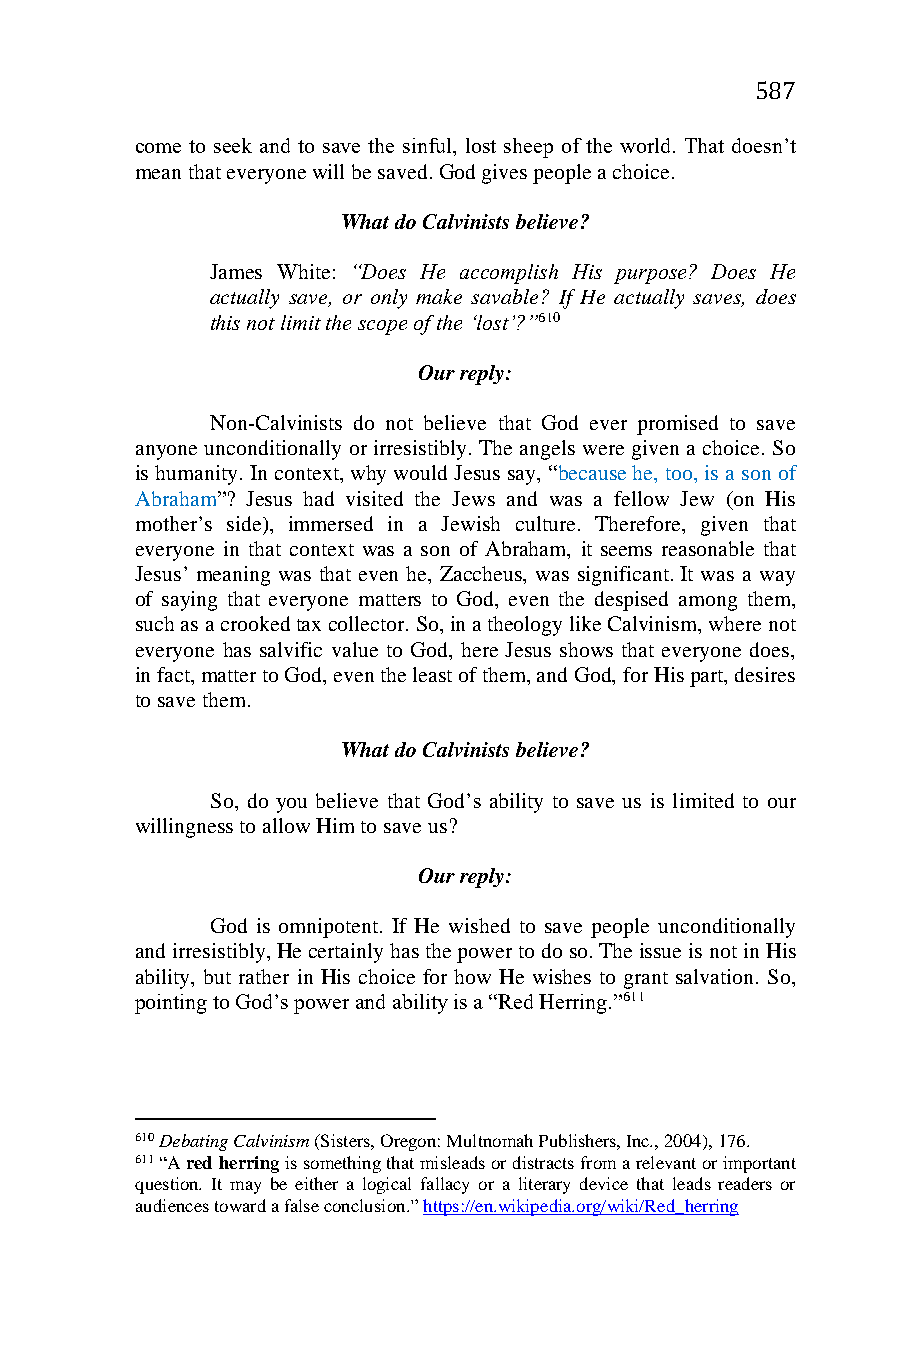
587
 come to seek and to save the sinful, lost sheep of the world. That doesn’t
 mean that everyone will be saved. God gives people a choice.
 What do Calvinists believe?
 James White: “Does He accomplish His purpose? Does He
 actually save, or only make savable? If He actually saves, does
 this not limit the scope of the ‘lost’?”610
 Our reply:
 Non-Calvinists do not believe that God ever promised to save
 anyone unconditionally or irresistibly. The angels were given a choice. So
 is humanity. In context, why would Jesus say, “because he, too, is a son of
 Abraham”? Jesus had visited the Jews and was a fellow Jew (on His
 mother’s side), immersed in a Jewish culture. Therefore, given that
 everyone in that context was a son of Abraham, it seems reasonable that
 Jesus’ meaning was that even he, Zaccheus, was significant. It was a way
 of saying that everyone matters to God, even the despised among them,
 such as a crooked tax collector. So, in a theology like Calvinism, where not
 everyone has salvific value to God, here Jesus shows that everyone does,
 in fact, matter to God, even the least of them, and God, for His part, desires
 to save them.
 What do Calvinists believe?
 So, do you believe that God’s ability to save us is limited to our
 willingness to allow Him to save us?
 Our reply:
 God is omnipotent. If He wished to save people unconditionally
 and irresistibly, He certainly has the power to do so. The issue is not in His
 ability, but rather in His choice for how He wishes to grant salvation. So,
 pointing to God’s power and ability is a “Red Herring.”611
 610 Debating Calvinism (Sisters, Oregon: Multnomah Publishers, Inc., 2004), 176.
 611 “A red herring is something that misleads or distracts from a relevant or important
 question. It may be either a logical fallacy or a literary device that leads readers or
 audiences toward a false conclusion.” https://en.wikipedia.org/wiki/Red_herring